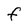
Character: f